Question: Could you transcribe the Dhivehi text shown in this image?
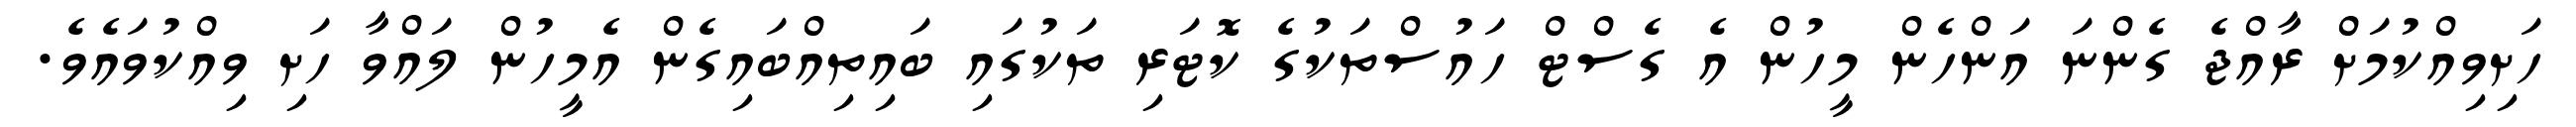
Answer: ހަށިވިއްކުމަށް ރާއްޖެ ގެންނަ އަންހެން މީހުން އެ ގެސްޓް ހައުސްތަކުގެ ކޮޓަރި ތަކުގައި ބައިތިއްބައިގެން އެމީހުން ލައްވާ ހަށި ވިއްކުވައެވެ.